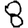
Digit: 8